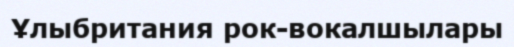
Ұлыбритания рок-вокалшылары